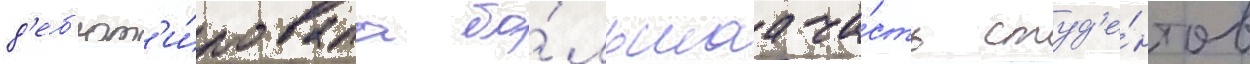
д'еб'ют'и́ровала бо́льшаа ча́сть студ'е́нтов